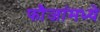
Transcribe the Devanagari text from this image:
फौजांमध्ये